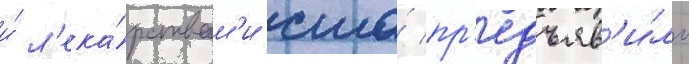
и́ л'ека́рствам'и сша́ пр'едъяв'и́ло